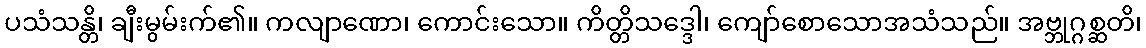
ပသံသန္တိ၊ ချီးမွမ်းက်၏။ ကလျာဏော၊ ကောင်းသော။ ကိတ္တိသဒ္ဒေါ၊ ကျော်စောသောအသံသည်။ အဗ္ဘုဂ္ဂစ္ဆတိ၊